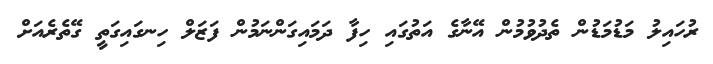
ރުހައިލު މަޑުމަޑުން ތެދުވުމުން އޭނާގެ އަތުގައި ހިފާ ދަމައިގަންނަމުން ފަޒަލް ހިނގައިގަތީ ގޭތެރެއަށް